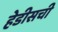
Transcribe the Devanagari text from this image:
हेडीसची